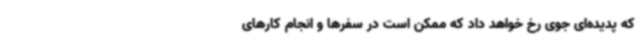
که پدیده‌ای جوی رخ خواهد داد که ممکن است در سفرها و انجام کارهای